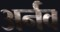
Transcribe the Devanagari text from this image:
अर्नव